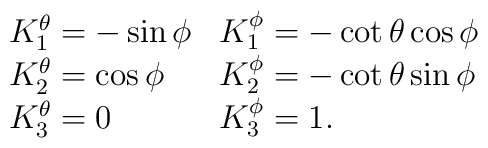
\begin{array}{l l }K_{1}^{\theta}=-\sin\phi  &K_{1}^{\phi}=-\cot\theta\cos\phi \\ K_{2}^{\theta}=\cos\phi &K_{2}^{\phi}=-\cot\theta\sin\phi  \\K_{3}^{\theta}=0  &K_{3}^{\phi}= 1  . \\\end{array}